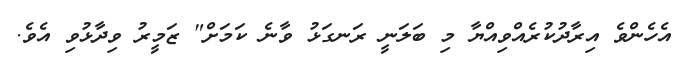
އެހެންވެ އިރާދުކުރެއްވިއްޔާ މި ބަލަނީ ރަނގަޅު ވާނެ ކަމަށް" ޒަމީރު ވިދާޅުވި އެވެ.